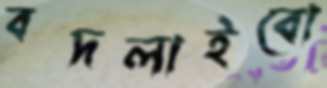
বদলাইবো